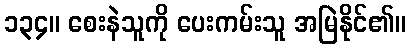
၁၃၄။ စေးနဲသူကို ပေးကမ်းသူ အမြဲနိုင်၏။